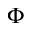
\Phi